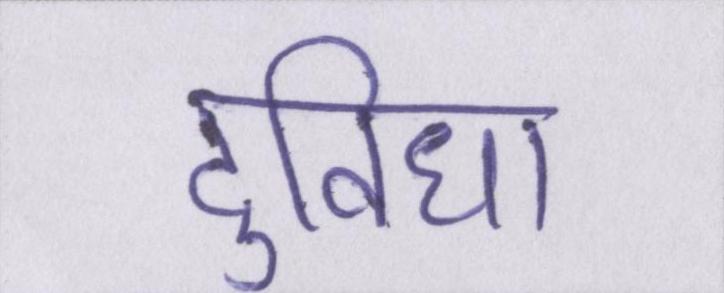
दुविधा